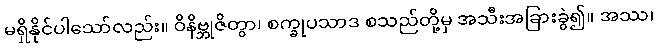
မရှိနိုင်ပါသော်လည်း။ ဝိနိဗ္ဘုဇိတွာ၊ စက္ခုပသာဒ စသည်တို့မှ အသီးအခြားခွဲ၍။ အဿ၊